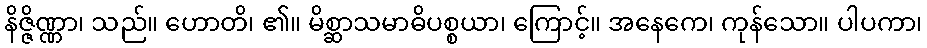
နိဇ္ဇိဏ္ဏာ၊ သည်။ ဟောတိ၊ ၏။ မိစ္ဆာသမာဓိပစ္စယာ၊ ကြောင့်။ အနေကေ၊ ကုန်သော။ ပါပကာ၊